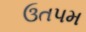
ઉતપમ